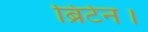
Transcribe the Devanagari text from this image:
ब्रिटेन।